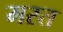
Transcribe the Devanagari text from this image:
मस्‍त